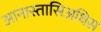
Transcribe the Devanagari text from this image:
आनास्तासिअधिस